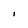
Character: I